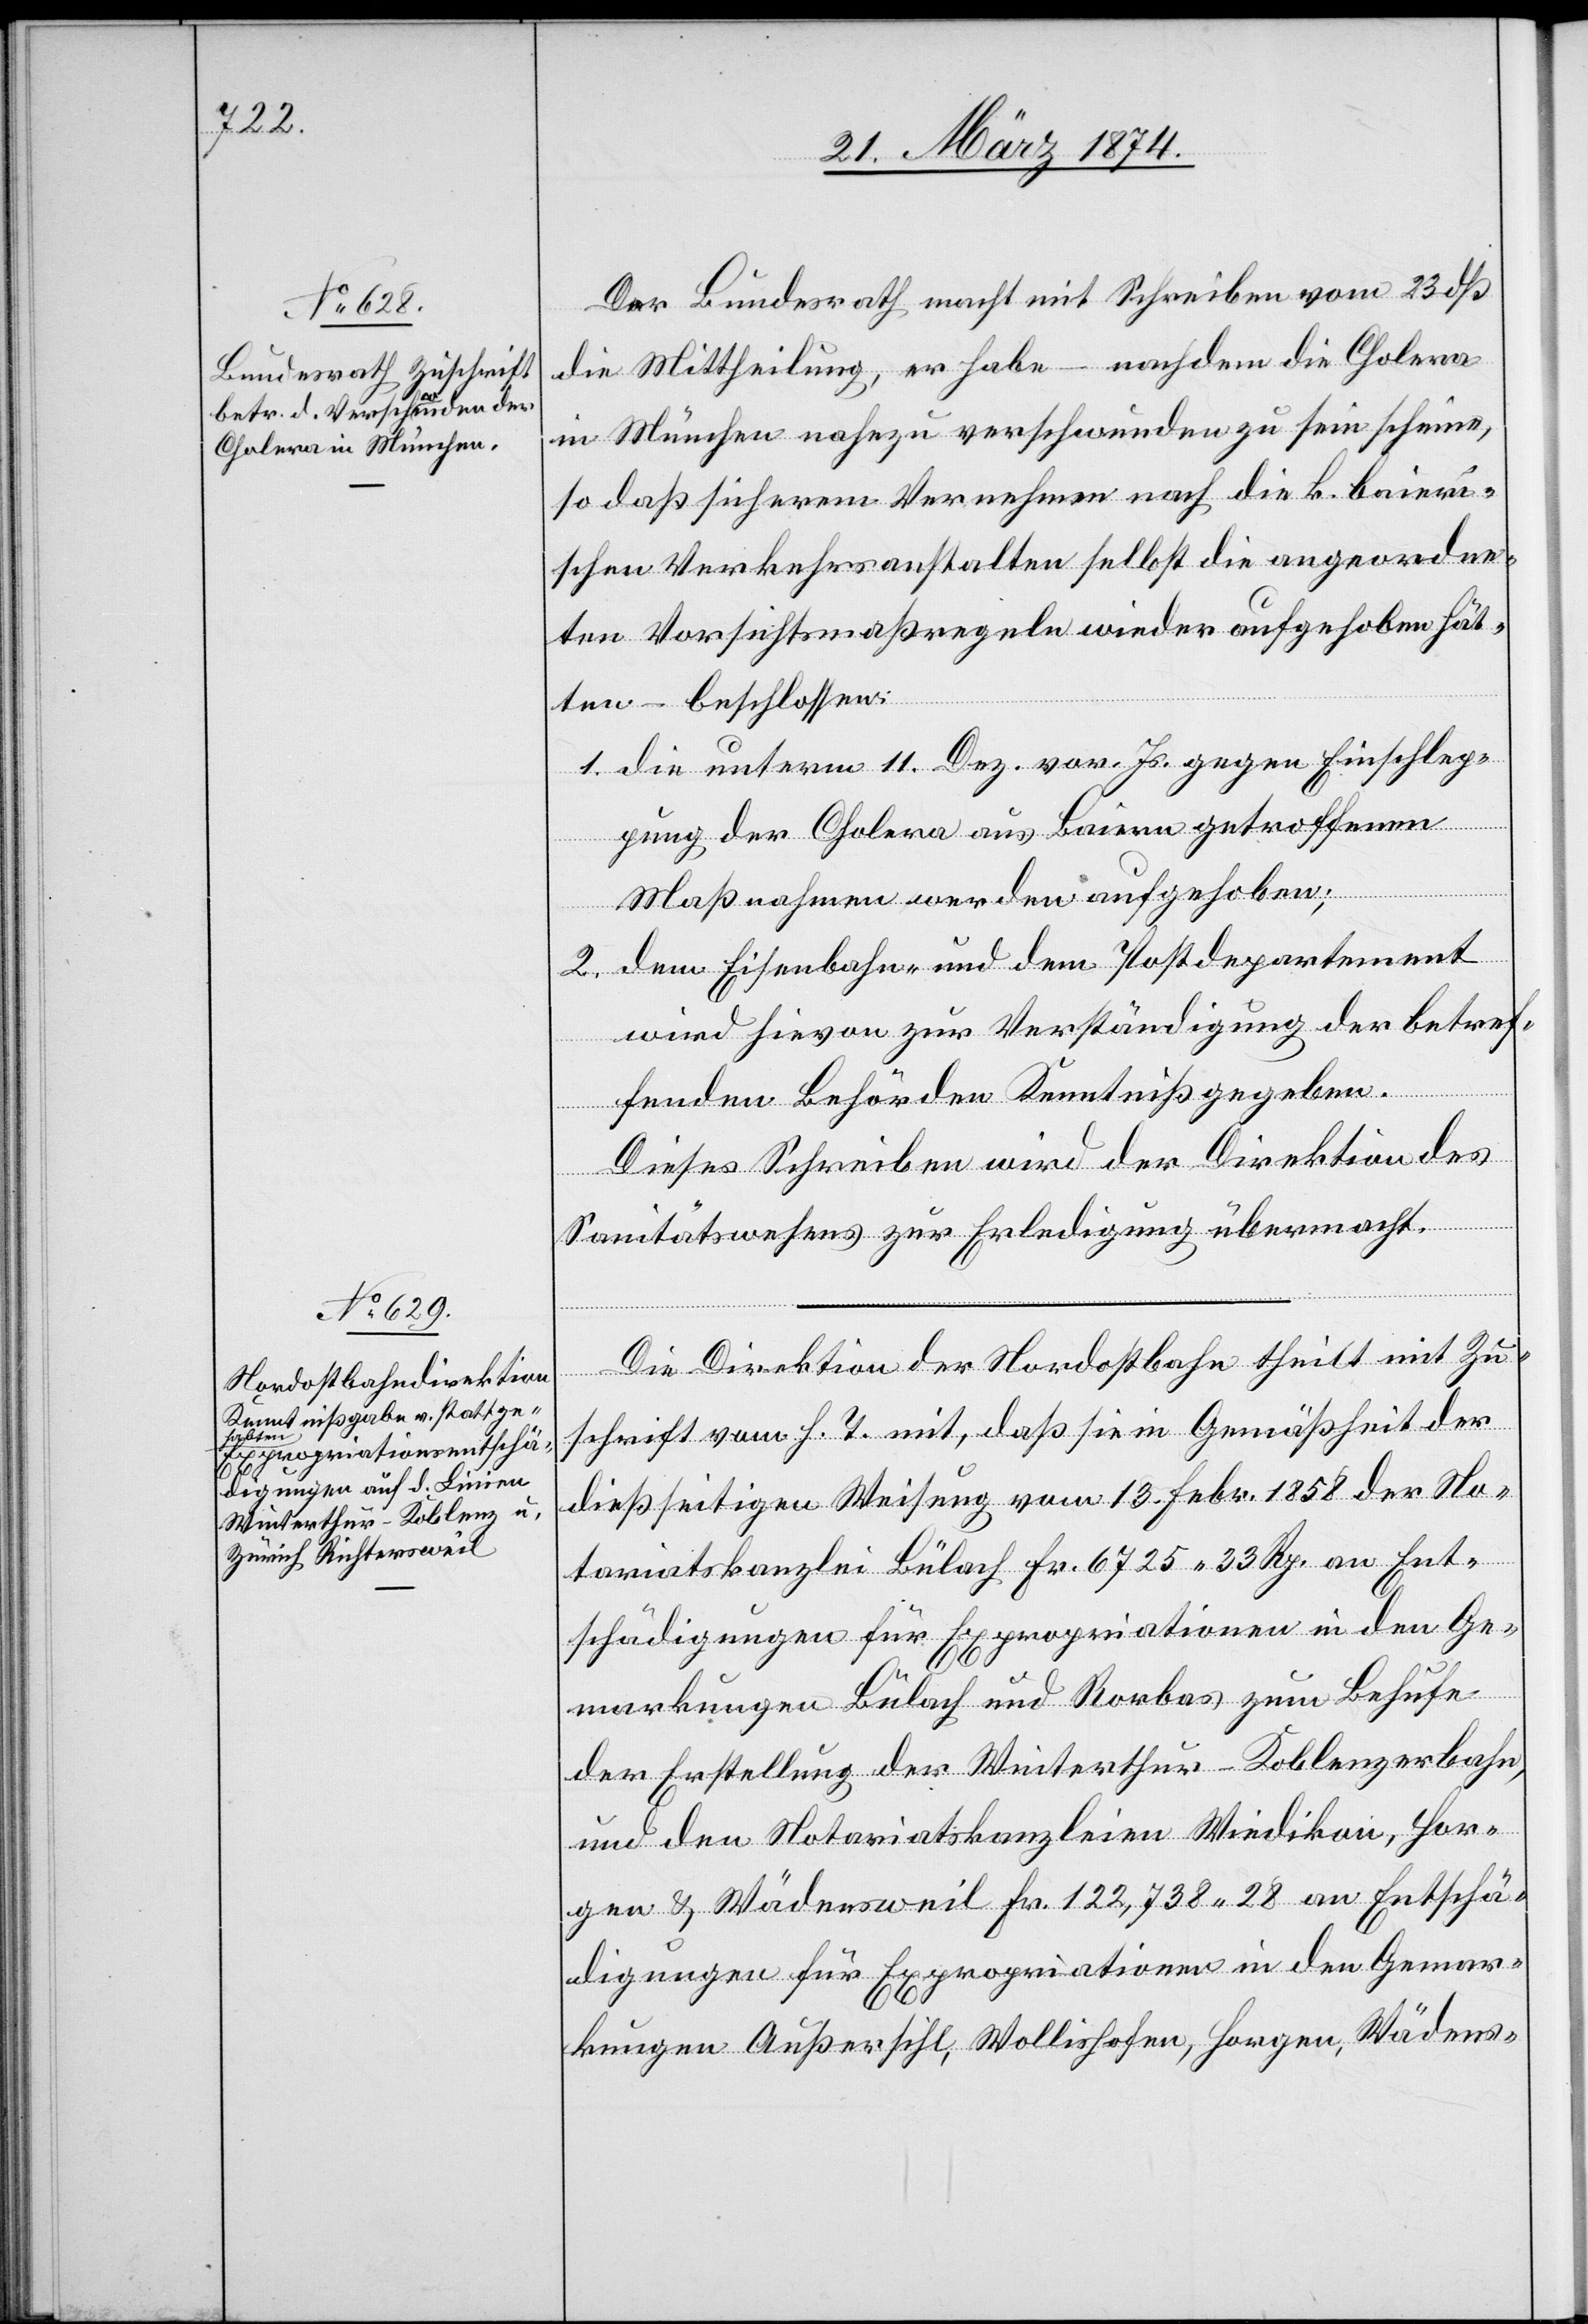
25. März 1874.]
Der Bundesrath macht mit Schreiben vom 23. dß
die Mittheilung, er habe – nachdem die Cholera
in München nahezu verschwunden zu sein scheine,
so daß sicherem Vernehmen nach die k. baieri¬
schen Verkehrsanstalten selbst die angeordne¬
ten Vorsichtsmaßregeln wieder aufgehoben hät¬
ten – beschlossen:
1. Die unterm 11. Dez. vor. Js. gegen Einschlep¬
pung der Cholera aus Baiern getroffenen
Maßnahmen werden aufgehoben;
2. Dem Eisenbahn- und dem Postdepartement
wird hievon zur Verständigung der betref¬
fenden Behörden Kenntniß gegeben.
Dieses Schreiben wird der Direktion des
Sanitätswesens zur Erledigung übermacht.
Die Direktion der Nordostbahn theilt mit Zu¬
schrift vom h. T. mit, daß sie in Gemäßheit der
dießseitigen Weisung vom 13. Febr. 1858 der No¬
tariatskanzlei Bülach Fr. 6725.33 Rp. an Ent¬
schädigungen für Expropriationen in den Ge¬
markungen Bülach und Rorbas zum Behufe
der Erstellung der Winterthur-Koblenzerbahn,
und den Notariatskanzleien Wiedikon, Hor¬
gen u. Wädensweil Fr. 122,738.28 an Entschä¬
digungen für Expropriationen in den Gemar¬
kungen Außersihl, Wollishofen, Horgen, Wädens-